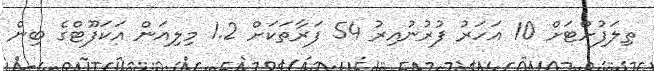
ތިލަފުށްޓަށް 10 އަހަރު ފުރުނުއިރު 54 ފަރާތަކަށް 1.2 މިލިއަން އަކަފޫޓްގެ ބިން